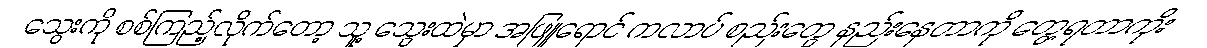
သွေးကို စစ်ကြည့်လိုက်တော့ သူ့ သွေးထဲမှာ အဖြူရောင် ကလာပ် စည်းတွေ နည်းနေတာကို တွေ့ရတာကိုး